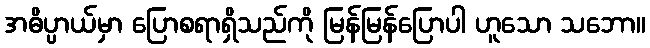
အဓိပ္ပာယ်မှာ ပြောစရာရှိသည်ကို မြန်မြန်ပြောပါ ဟူသော သဘော။